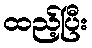
ထည့်ပြီး